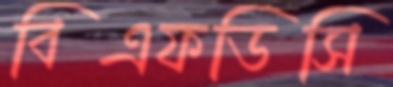
বিএফডিসি